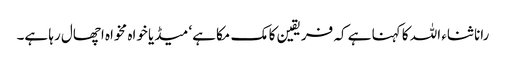
رانا ثناء اللہ کا کہنا ہے کہ فریقین کا مک مکا ہے‘ میڈیا خواہ مخواہ اچھال رہا ہے۔